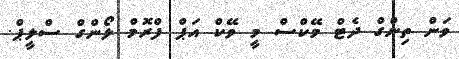
ވަން ތިންގް ދެޓް މޭކްސް މީ ވޭކް އަޕް ފްރޮމް ލޯންގް ސްލީޕް.